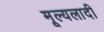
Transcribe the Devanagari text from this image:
मूल्यलादी